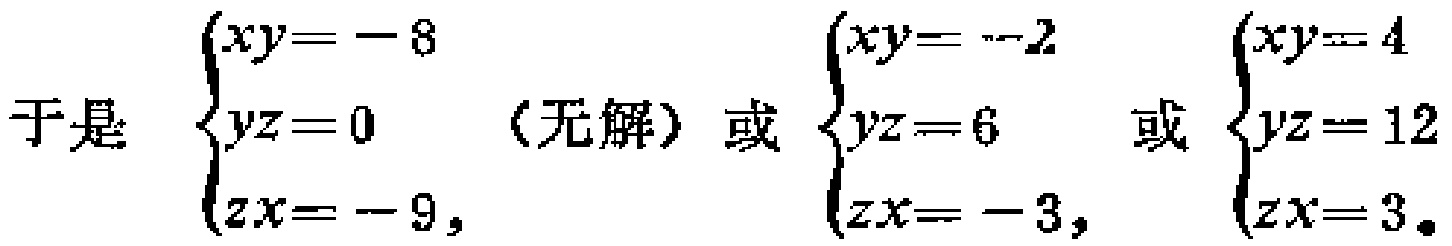
于是：$\begin{cases}xy = - 8\\yz = 0\\zx = - 9,\end{cases}$（无解）或$\begin{cases}xy = - 2\\yz = 6\\zx = - 3,\end{cases}$或$\begin{cases}xy = 4\\yz = 12\\zx = 3.\end{cases}$